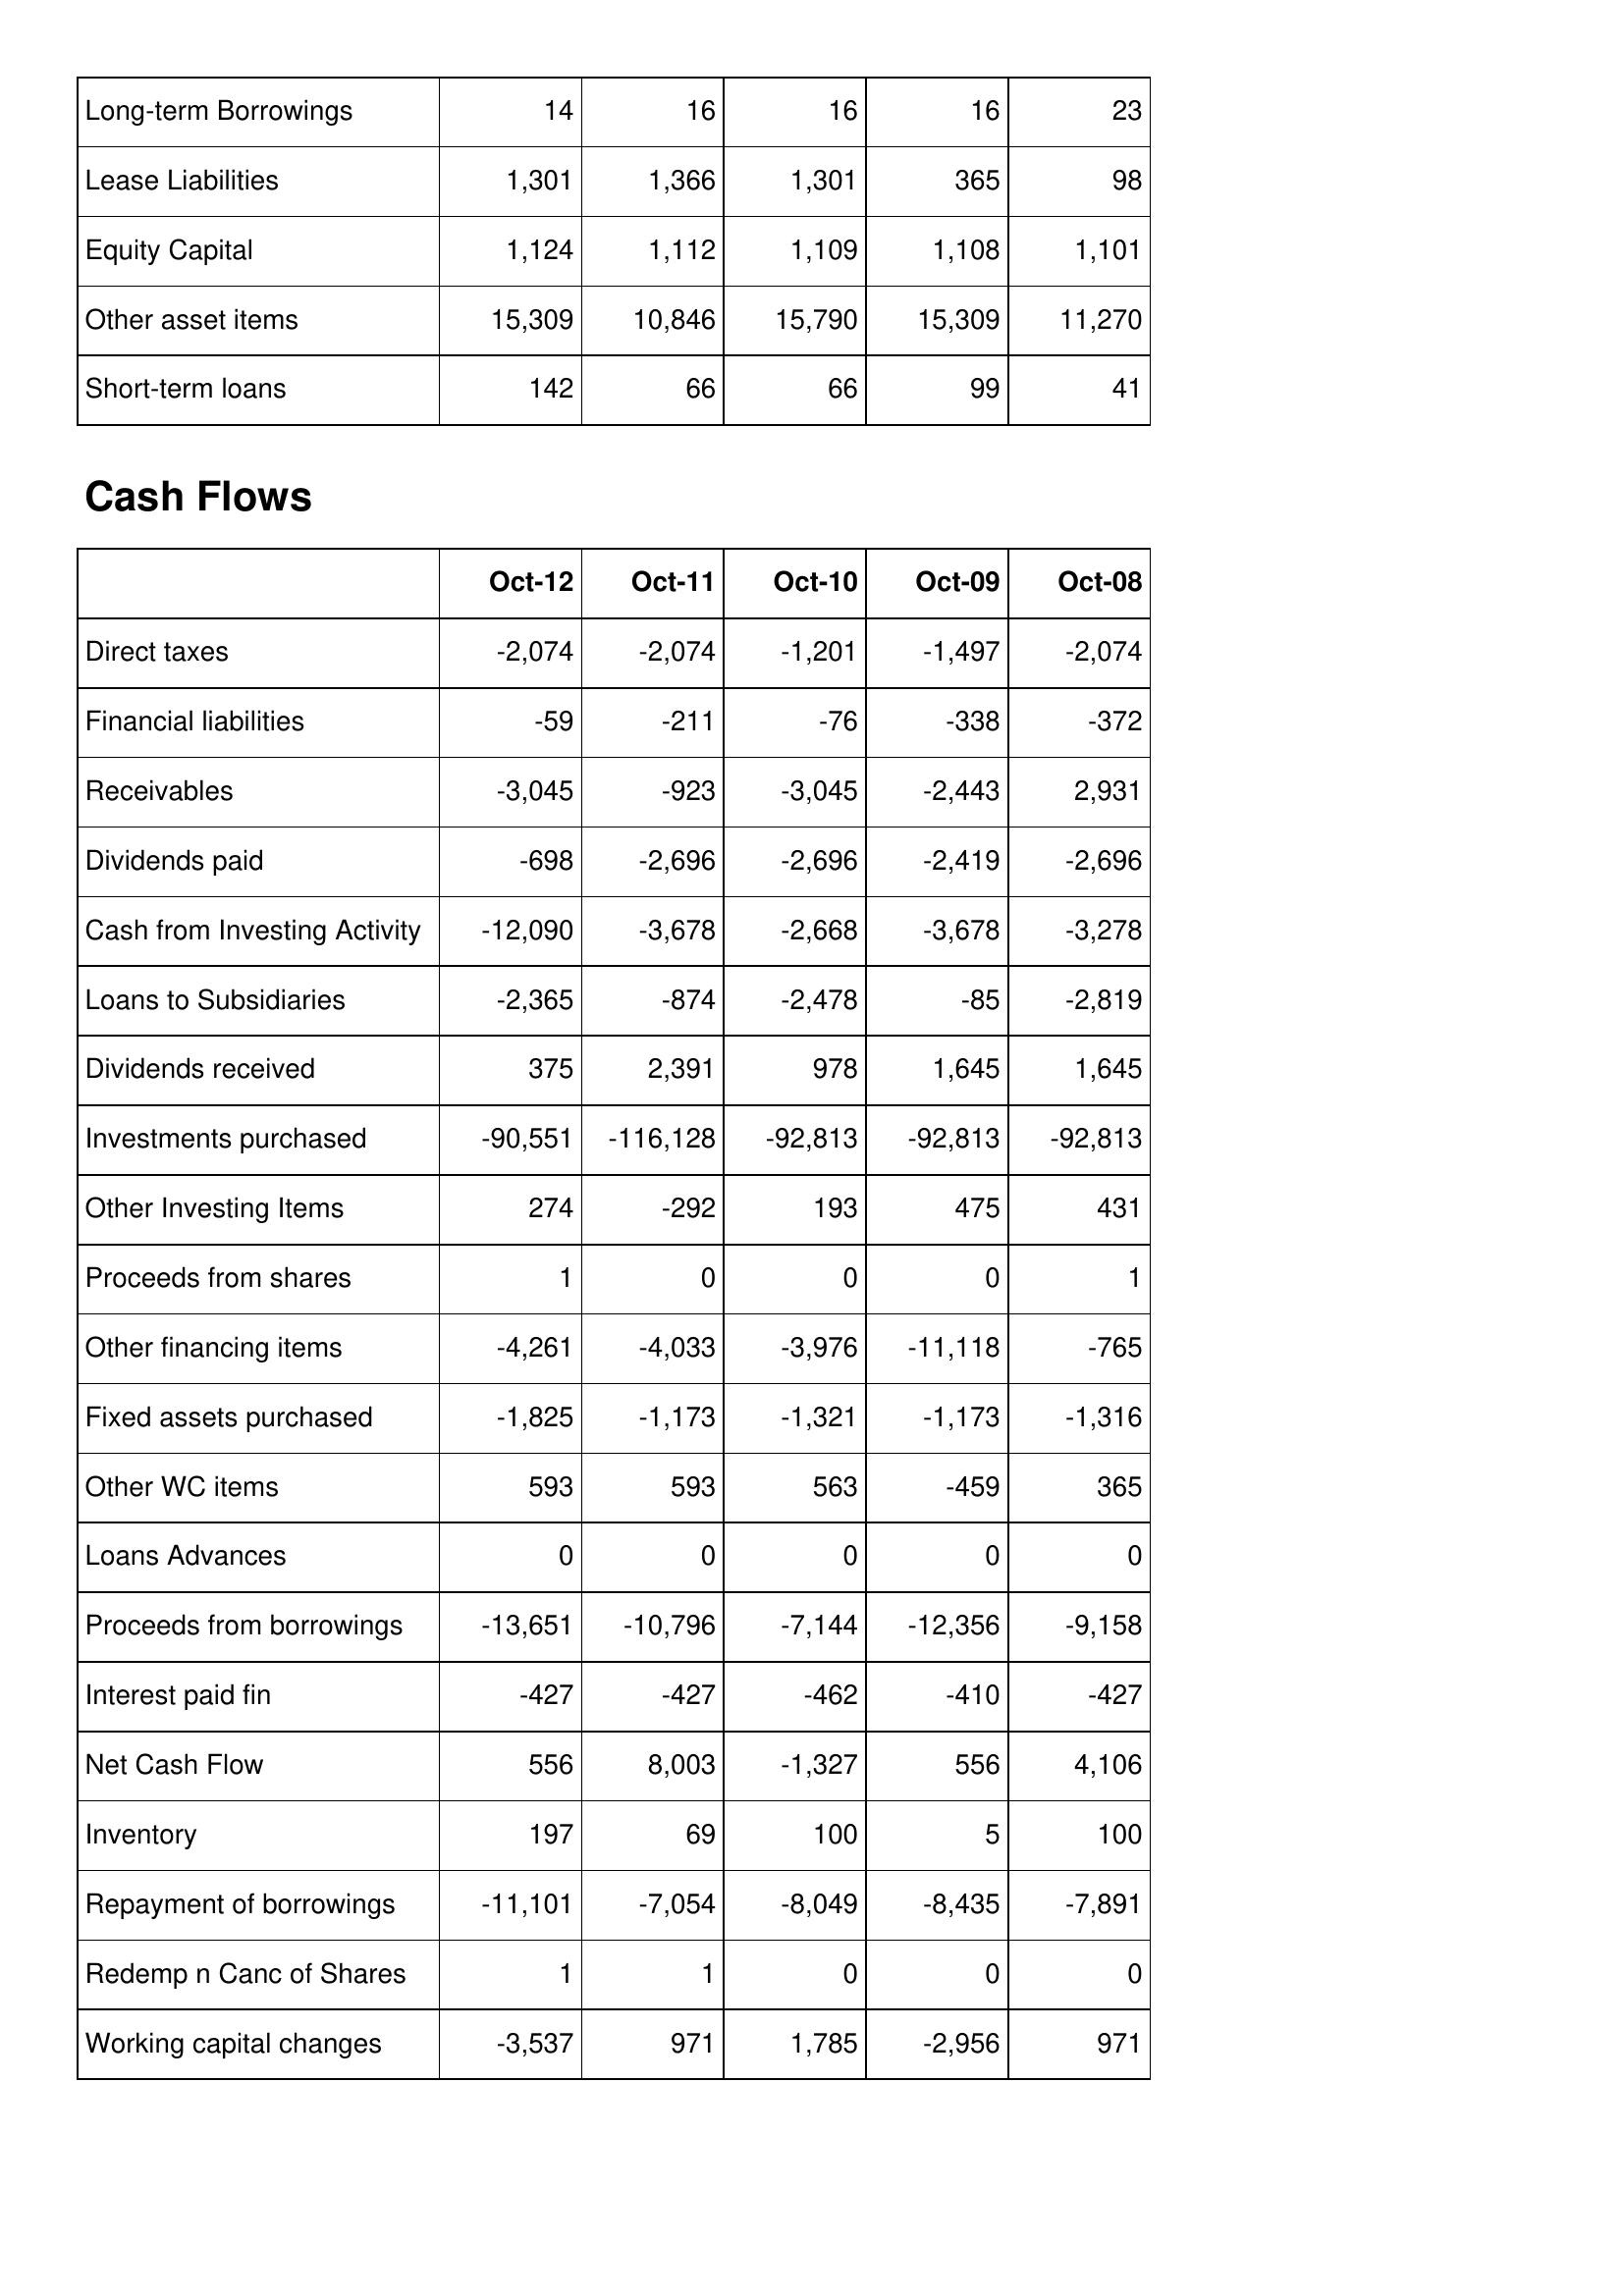
Oct-12: Balance Sheet: Long-term Borrowings: 14
Lease Liabilities: 1,301
Equity Capital: 1,124
Other asset items: 15,309
Short-term loans: 142
Cash Flows: Direct taxes: -2,074
Financial liabilities: -59
Receivables: -3,045
Dividends paid: -698
Cash from Investing Activity: -12,090
Loans to Subsidiaries: -2,365
Dividends received: 375
Investments purchased: -90,551
Other Investing Items: 274
Proceeds from shares: 1
Other financing items: -4,261
Fixed assets purchased: -1,825
Other WC items: 593
Loans Advances: 0
Proceeds from borrowings: -13,651
Interest paid fin: -427
Net Cash Flow: 556
Inventory: 197
Repayment of borrowings: -11,101
Redemp n Canc of Shares: 1
Working capital changes: -3,537
Oct-11: Balance Sheet: Long-term Borrowings: 16
Lease Liabilities: 1,366
Equity Capital: 1,112
Other asset items: 10,846
Short-term loans: 66
Cash Flows: Direct taxes: -2,074
Financial liabilities: -211
Receivables: -923
Dividends paid: -2,696
Cash from Investing Activity: -3,678
Loans to Subsidiaries: -874
Dividends received: 2,391
Investments purchased: -116,128
Other Investing Items: -292
Proceeds from shares: 0
Other financing items: -4,033
Fixed assets purchased: -1,173
Other WC items: 593
Loans Advances: 0
Proceeds from borrowings: -10,796
Interest paid fin: -427
Net Cash Flow: 8,003
Inventory: 69
Repayment of borrowings: -7,054
Redemp n Canc of Shares: 1
Working capital changes: 971
Oct-10: Balance Sheet: Long-term Borrowings: 16
Lease Liabilities: 1,301
Equity Capital: 1,109
Other asset items: 15,790
Short-term loans: 66
Cash Flows: Direct taxes: -1,201
Financial liabilities: -76
Receivables: -3,045
Dividends paid: -2,696
Cash from Investing Activity: -2,668
Loans to Subsidiaries: -2,478
Dividends received: 978
Investments purchased: -92,813
Other Investing Items: 193
Proceeds from shares: 0
Other financing items: -3,976
Fixed assets purchased: -1,321
Other WC items: 563
Loans Advances: 0
Proceeds from borrowings: -7,144
Interest paid fin: -462
Net Cash Flow: -1,327
Inventory: 100
Repayment of borrowings: -8,049
Redemp n Canc of Shares: 0
Working capital changes: 1,785
Oct-09: Balance Sheet: Long-term Borrowings: 16
Lease Liabilities: 365
Equity Capital: 1,108
Other asset items: 15,309
Short-term loans: 99
Cash Flows: Direct taxes: -1,497
Financial liabilities: -338
Receivables: -2,443
Dividends paid: -2,419
Cash from Investing Activity: -3,678
Loans to Subsidiaries: -85
Dividends received: 1,645
Investments purchased: -92,813
Other Investing Items: 475
Proceeds from shares: 0
Other financing items: -11,118
Fixed assets purchased: -1,173
Other WC items: -459
Loans Advances: 0
Proceeds from borrowings: -12,356
Interest paid fin: -410
Net Cash Flow: 556
Inventory: 5
Repayment of borrowings: -8,435
Redemp n Canc of Shares: 0
Working capital changes: -2,956
Oct-08: Balance Sheet: Long-term Borrowings: 23
Lease Liabilities: 98
Equity Capital: 1,101
Other asset items: 11,270
Short-term loans: 41
Cash Flows: Direct taxes: -2,074
Financial liabilities: -372
Receivables: 2,931
Dividends paid: -2,696
Cash from Investing Activity: -3,278
Loans to Subsidiaries: -2,819
Dividends received: 1,645
Investments purchased: -92,813
Other Investing Items: 431
Proceeds from shares: 1
Other financing items: -765
Fixed assets purchased: -1,316
Other WC items: 365
Loans Advances: 0
Proceeds from borrowings: -9,158
Interest paid fin: -427
Net Cash Flow: 4,106
Inventory: 100
Repayment of borrowings: -7,891
Redemp n Canc of Shares: 0
Working capital changes: 971